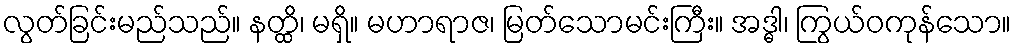
လွတ်ခြင်းမည်သည်။ နတ္ထိ၊ မရှိ။ မဟာရာဇ၊ မြတ်သောမင်းကြီး။ အဒ္ဓါ၊ ကြွယ်ဝကုန်သော။